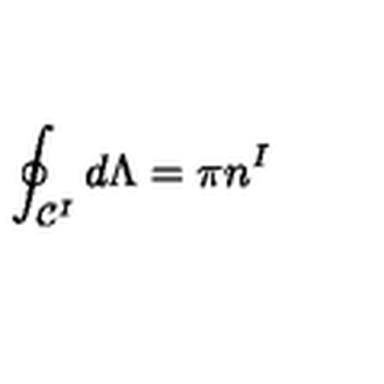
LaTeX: \oint _ { { \cal C } ^ { I } } d \Lambda = \pi n ^ { I }